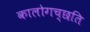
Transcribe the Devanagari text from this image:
कालोगच्छति